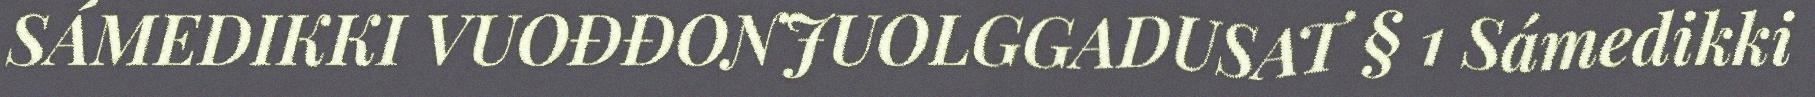
SÁMEDIKKI VUOĐĐONJUOLGGADUSAT § 1 Sámedikki